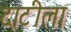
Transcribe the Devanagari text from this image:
दाटीला